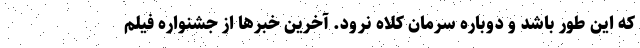
که این طور باشد و دوباره سرمان کلاه نرود. آخرین خبرها از جشنواره فیلم